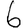
Digit: 6